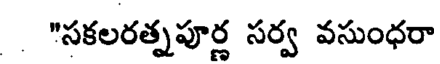
"సకలరత్నపూర్ణ సర్వ వసుంధరా